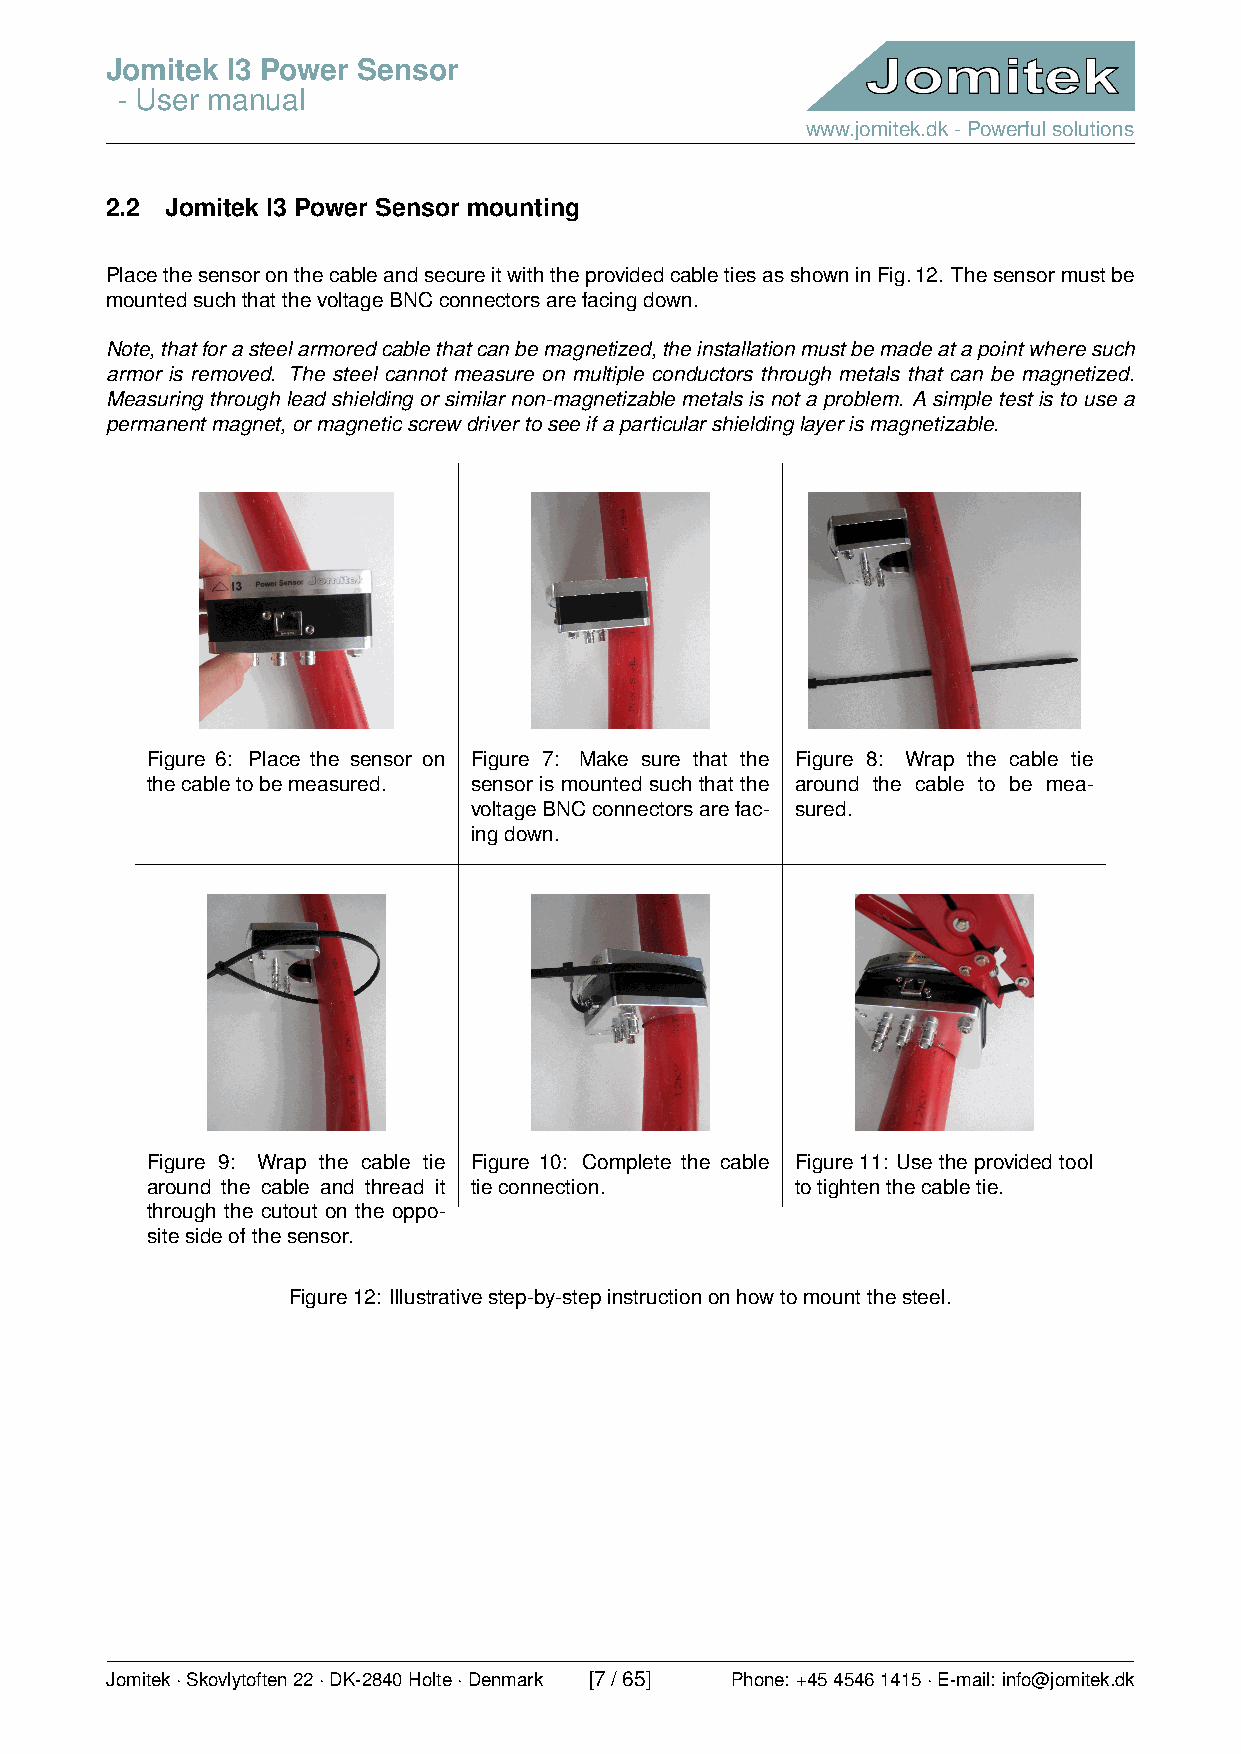
Jomitek I3 Power Sensor
 - User manual
 www.jomitek.dk-Powerfulsolutions
 2.2 Jomitek I3 Power Sensor mounting
 PlacethesensoronthecableandsecureitwiththeprovidedcabletiesasshowninFig.12. Thesensormustbe
 mountedsuchthatthevoltageBNCconnectorsarefacingdown.
 Note,thatforasteelarmoredcablethatcanbemagnetized,theinstallationmustbemadeatapointwheresuch
 armor is removed. The steel cannot measure on multiple conductors through metals that can be magnetized.
 Measuringthroughleadshieldingorsimilarnon-magnetizablemetalsisnotaproblem. Asimpletestistousea
 permanentmagnet,ormagneticscrewdrivertoseeifaparticularshieldinglayerismagnetizable.
 Figure 6: Place the sensor on Figure 7: Make sure that the Figure 8: Wrap the cable tie
 thecabletobemeasured. sensor is mounted such that the around the cable to be mea-
 voltageBNCconnectorsarefac- sured.
 ingdown.
 Figure 9: Wrap the cable tie Figure 10: Complete the cable Figure11: Usetheprovidedtool
 around the cable and thread it tieconnection. totightenthecabletie.
 through the cutout on the oppo-
 sitesideofthesensor.
 Figure12: Illustrativestep-by-stepinstructiononhowtomountthesteel.
 Jomitek·Skovlytoften22·DK-2840Holte·Denmark [7/65] Phone: +4545461415·E-mail: info@jomitek.dk